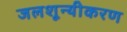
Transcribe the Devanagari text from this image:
जलशून्यीकरण